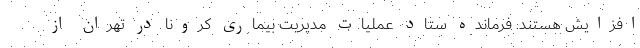
افزایش هستند. فرمانده ستاد عملیات مدیریت بیماری کرونا در تهران از